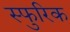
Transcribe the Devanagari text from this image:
स्फुरिक